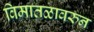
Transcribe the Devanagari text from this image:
विमातळावरुन